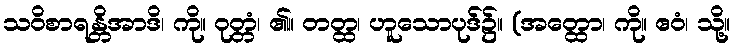
သဝိစာရန္တိအာဒိ၊ ကို။ ဝုတ္တံ၊ ၏။ တတ္ထ၊ ဟူသောပုဒ်၌။ (အတ္ထော၊ ကို။ ဧဝံ၊ သို့။